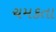
ચમકતા